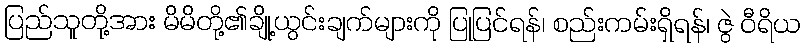
ပြည်သူတို့အား မိမိတို့၏ချို့ယွင်းချက်များကို ပြုပြင်ရန်၊ စည်းကမ်းရှိရန်၊ ဇွဲ ဝီရိယ